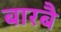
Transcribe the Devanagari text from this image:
बारबै